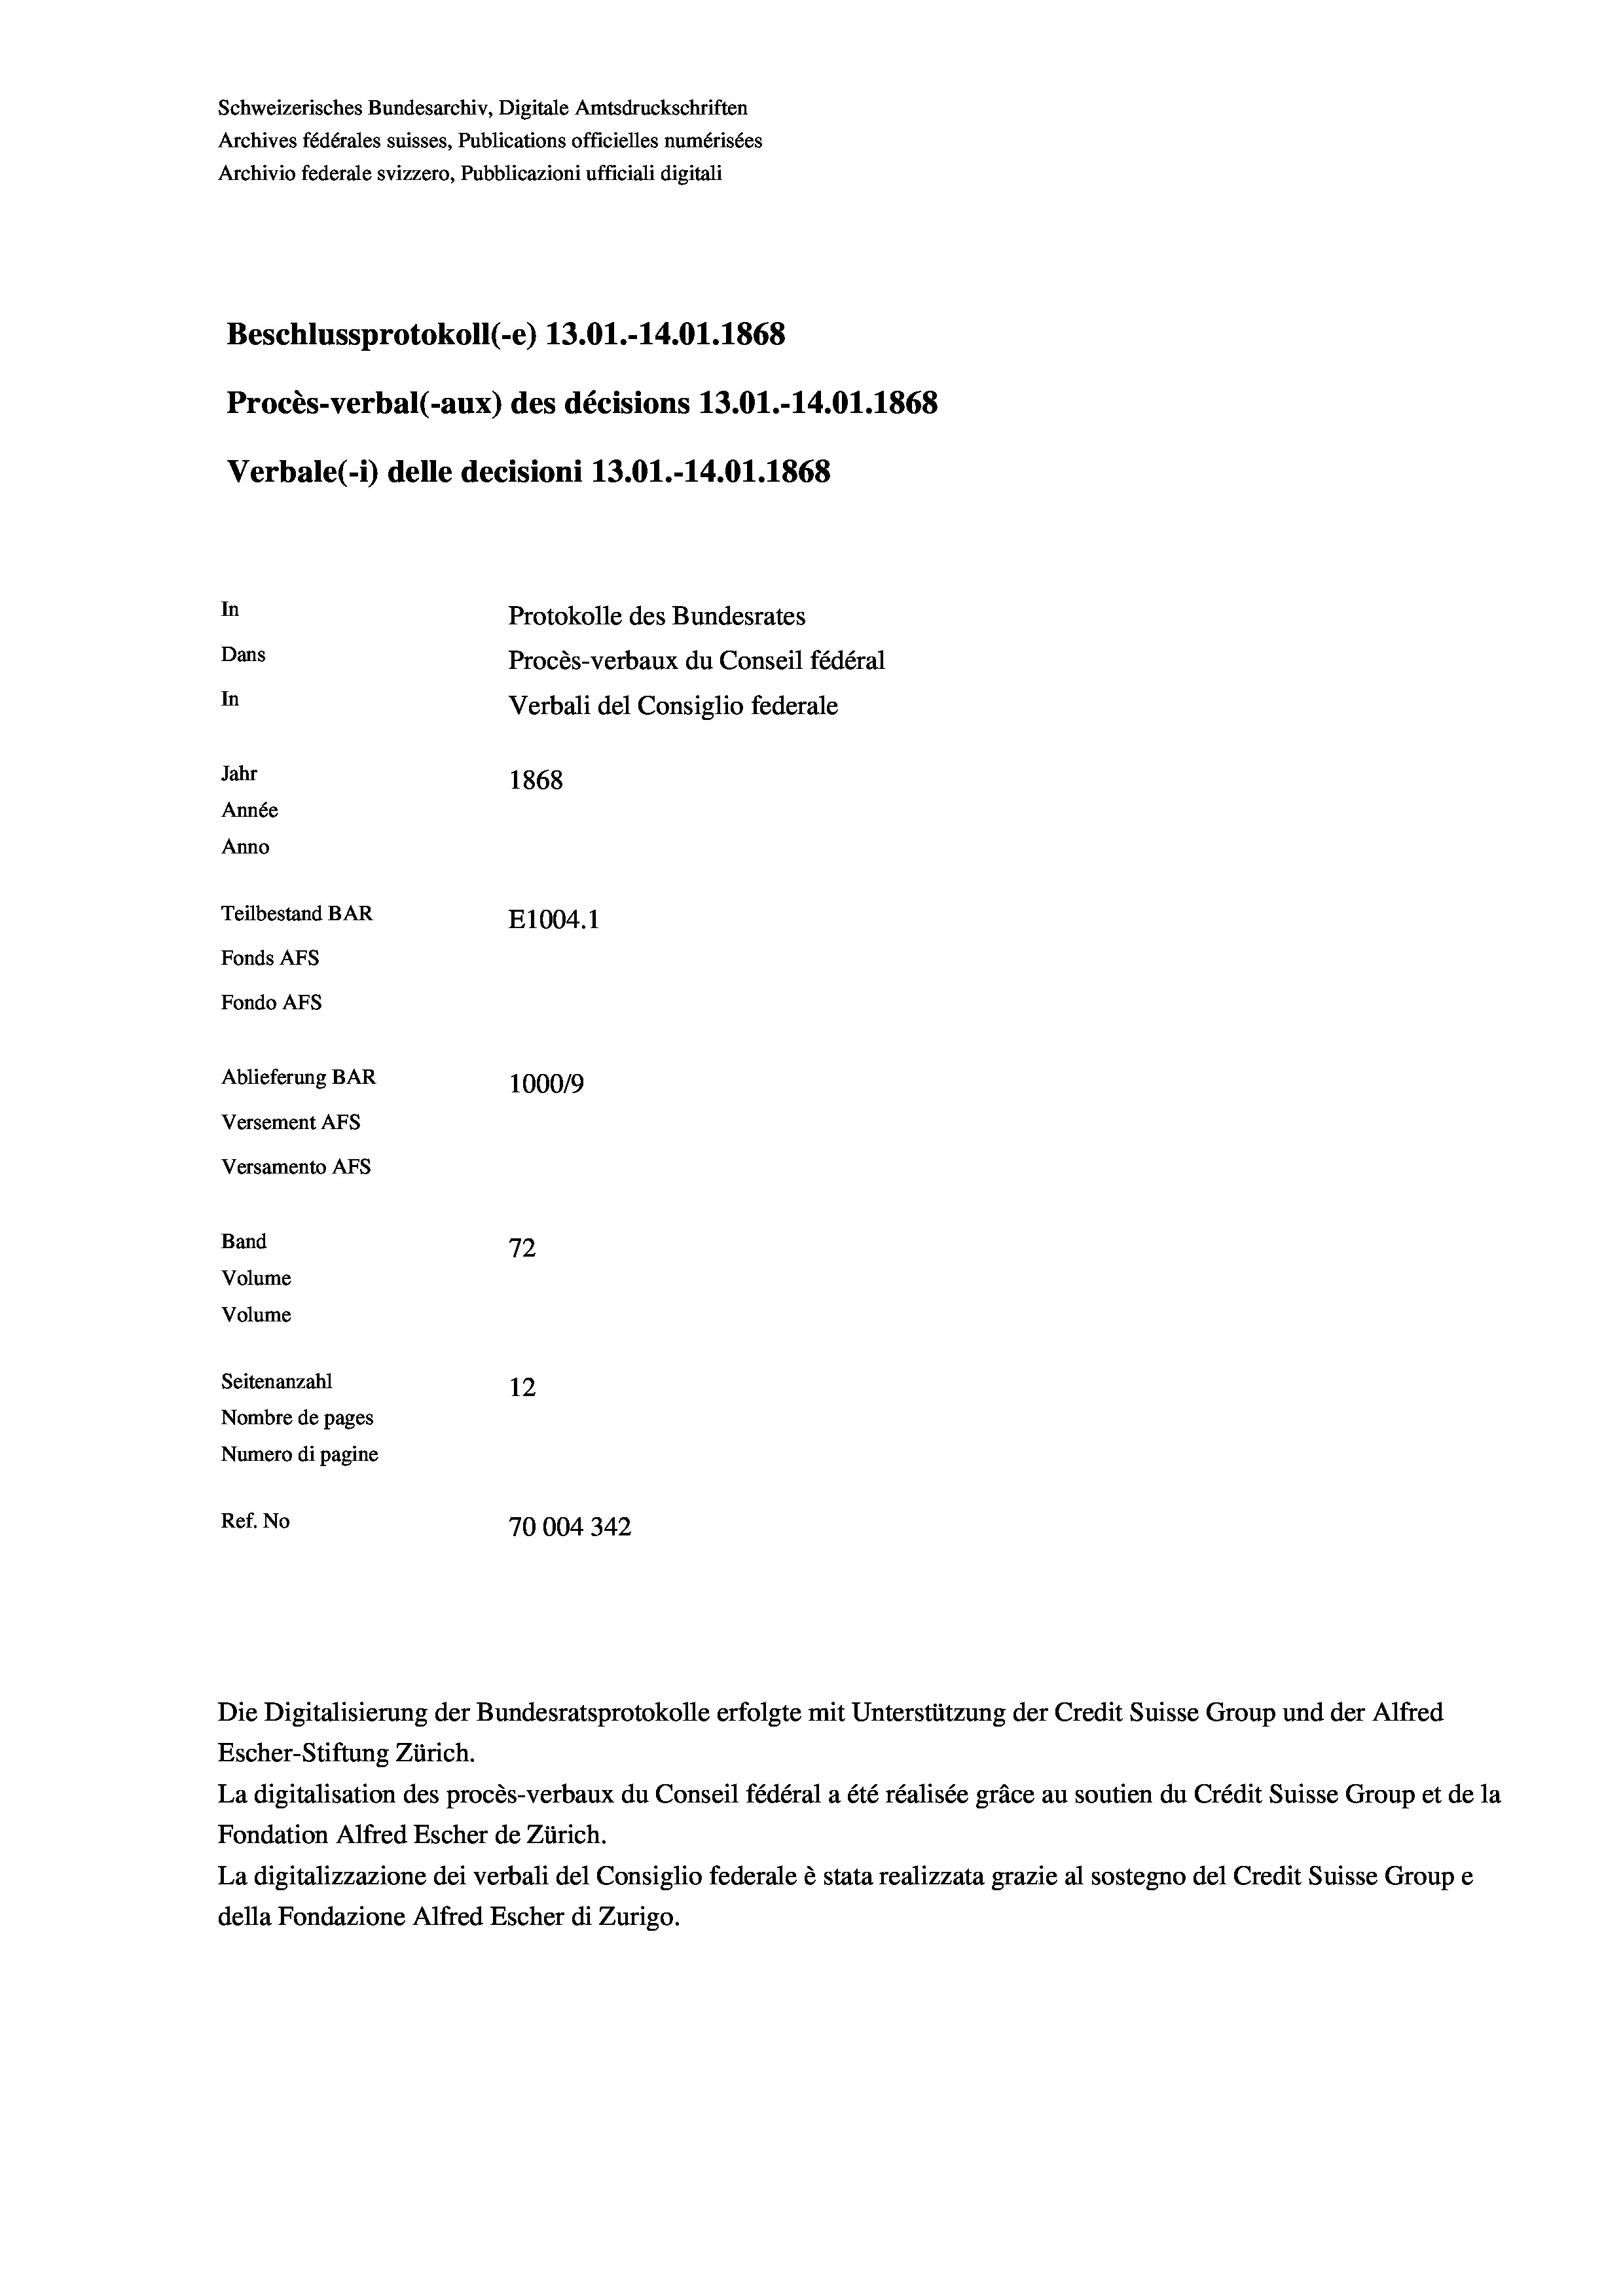
Schweizerisches Bundesarchiv, Digitale Amtsdruckschriften
Archives fédérales suisses, Publications officielles numérisées
Archivio federale svizzero, Pubblicazioni ufficiali digitali
Beschlussprotokoll (-e) 13.01.-14.01.1868
Procès-verbal (-aux) des décisions 13.01.-14.01. 1868
Verbale(-*) delle decisioni 13.01.-14.01. 1868
In
Protokolle des Bundesrates
Dans
Procès-verbaux du Conseil fédéral
In
Verbali del Consiglio federale
Jahr
1868
Année
Anno
Teilbestand BAR
E1004. 1
Fonds AFs
Fondo Afs
Ablieferung BAR
100019
Versement AFs
Versamento AFs
Band
72
Volume
Volume
Seitenanzahl
12
Nombre de pages
Numero di pagine
Ref. No
70004342

Escher-Stiftung Zürich.
La digitalisation des procès-verbaux du Conseil fédéral a été réalisée gräce au soutien du Crédit Suisse Group et de la
Fondation Alfred Escher de Zürich.
La digitalizzazione dei verbali del Consiglio federale è stata realizzata grazie al sostegno del Credit Suisse Groupe
della Fondazione Alfred Escher di Zurigo.

Die Digitalisierung der Bundesratsprotokolle erfolgte mit Unterstützung der Credit Suisse Group und der Alfred